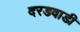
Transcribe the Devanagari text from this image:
दरडवाडी